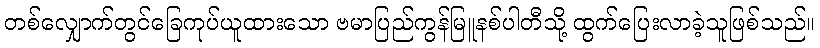
တစ်လျှောက်တွင်ခြေကုပ်ယူထားသော ဗမာပြည်ကွန်မြူနစ်ပါတီသို့ ထွက်ပြေးလာခဲ့သူဖြစ်သည်။